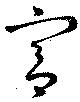
宮